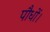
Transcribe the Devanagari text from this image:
पौधों।